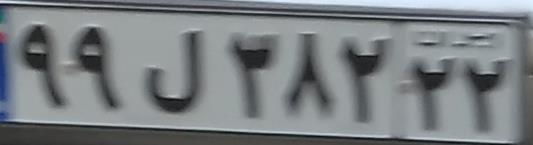
۹۹ل۳۸۲۲۲